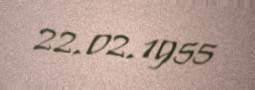
22.02.1955